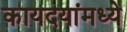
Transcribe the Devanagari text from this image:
कायदयांमध्ये